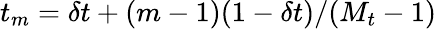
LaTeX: t_{m}=\delta t+(m-1)(1-\delta t)/(M_{t}-1)